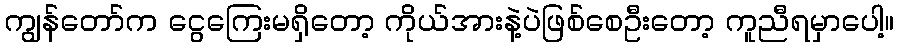
ကျွန်တော်က ငွေကြေးမရှိတော့ ကိုယ်အားနဲ့ပဲဖြစ်စေဦးတော့ ကူညီရမှာပေါ့။